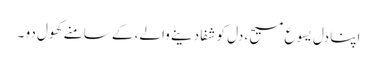
اپنا دل یسوع مسیح، دل کو شفا دینے والے، کے سامنے کھول دو ۔